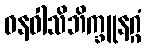
ဝနဝါသိဘိက္ခူနဂ္ဂံ